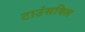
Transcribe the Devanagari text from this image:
टाउंसविल